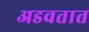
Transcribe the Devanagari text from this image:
अडवतात